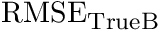
\mathrm { R M S E } _ { \mathrm { T r u e B } }